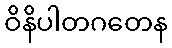
ဝိနိပါတဂတေန